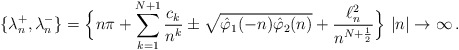
\begin{align*}\{\lambda^+_n,\lambda^-_n\}= \Big\{ n\pi +\sum_{k=1}^{N+1}\frac{c_k}{n^k} \pm\sqrt{\hat \varphi_1(-n) \hat\varphi_2(n)} +\frac{\ell^2_n}{n^{N+\frac{1}{2}}}\Big\}\,\,|n|\to \infty\,.\end{align*}